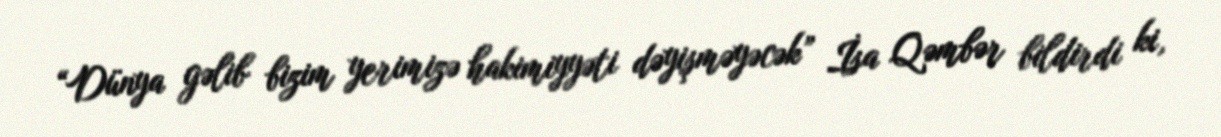
“Dünya gəlib bizim yerimizə hakimiyyəti dəyişməyəcək” İsa Qəmbər bildirdi ki,